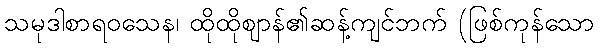
သမုဒါစာရဝသေန၊ ထိုထိုဈာန်၏ဆန့်ကျင်ဘက် (ဖြစ်ကုန်သော